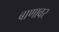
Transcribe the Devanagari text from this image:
बाणावर